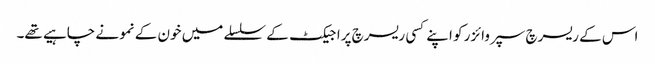
اس کے ریسرچ سپروائزر کو اپنے کسی ریسرچ پراجیکٹ کے سلسلے میں خون کے نمونے چاہیے تھے۔